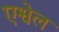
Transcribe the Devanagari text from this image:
एश्वेल